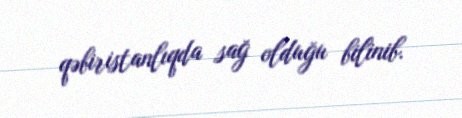
qəbiristanlıqda sağ olduğu bilinib.